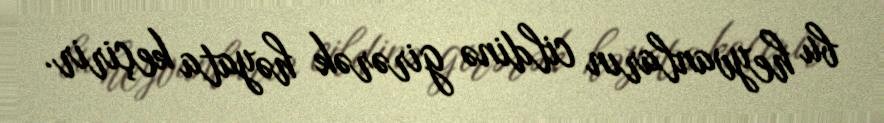
bu heyvanların cildinə girərək həyata keçirir.